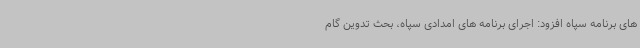
های برنامه سپاه افزود: اجرای برنامه های امدادی سپاه، بحث تدوین گام